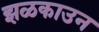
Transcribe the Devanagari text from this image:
झळकाउन